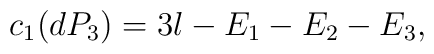
c_{1}(dP_{3}) = 3l - E_{1} - E_{2} - E_{3} ,